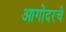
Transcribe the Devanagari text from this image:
आगोदरचे